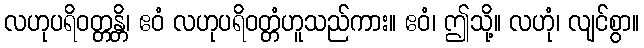
လဟုပရိဝတ္တန္တိ၊ ဧဝံ လဟုပရိဝတ္တံဟူသည်ကား။ ဧဝံ၊ ဤသို့။ လဟုံ၊ လျင်စွာ။